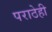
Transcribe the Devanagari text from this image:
पराठेही